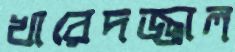
খারেদজ্জাল